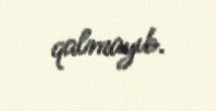
qalmayıb.